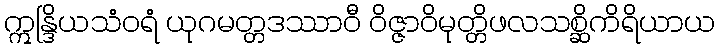
ဣန္ဒြိယသံဝရံ ယုဂမတ္တဒဿာဝီ ဝိဇ္ဇာဝိမုတ္တိဖလသစ္ဆိကိရိယာယ